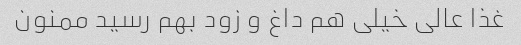
غذا عالى خیلى هم داغ و زود بهم رسید ممنون